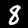
Label: 8